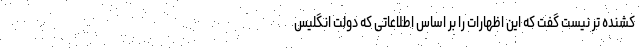
کشنده ‌تر نیست گفت که این اظهارات را بر اساس اطلاعاتی که دولت انگلیس